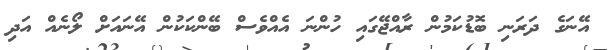
އޭނަގެ ދަރަނި ބޮޑުކަމުން ރާއްޖޭގައި ހުންނަ އެއްވެސް ބޭންކަކުން އޭނައަށް ލޯނެއް އަދި